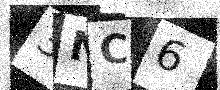
Text: 3NC6